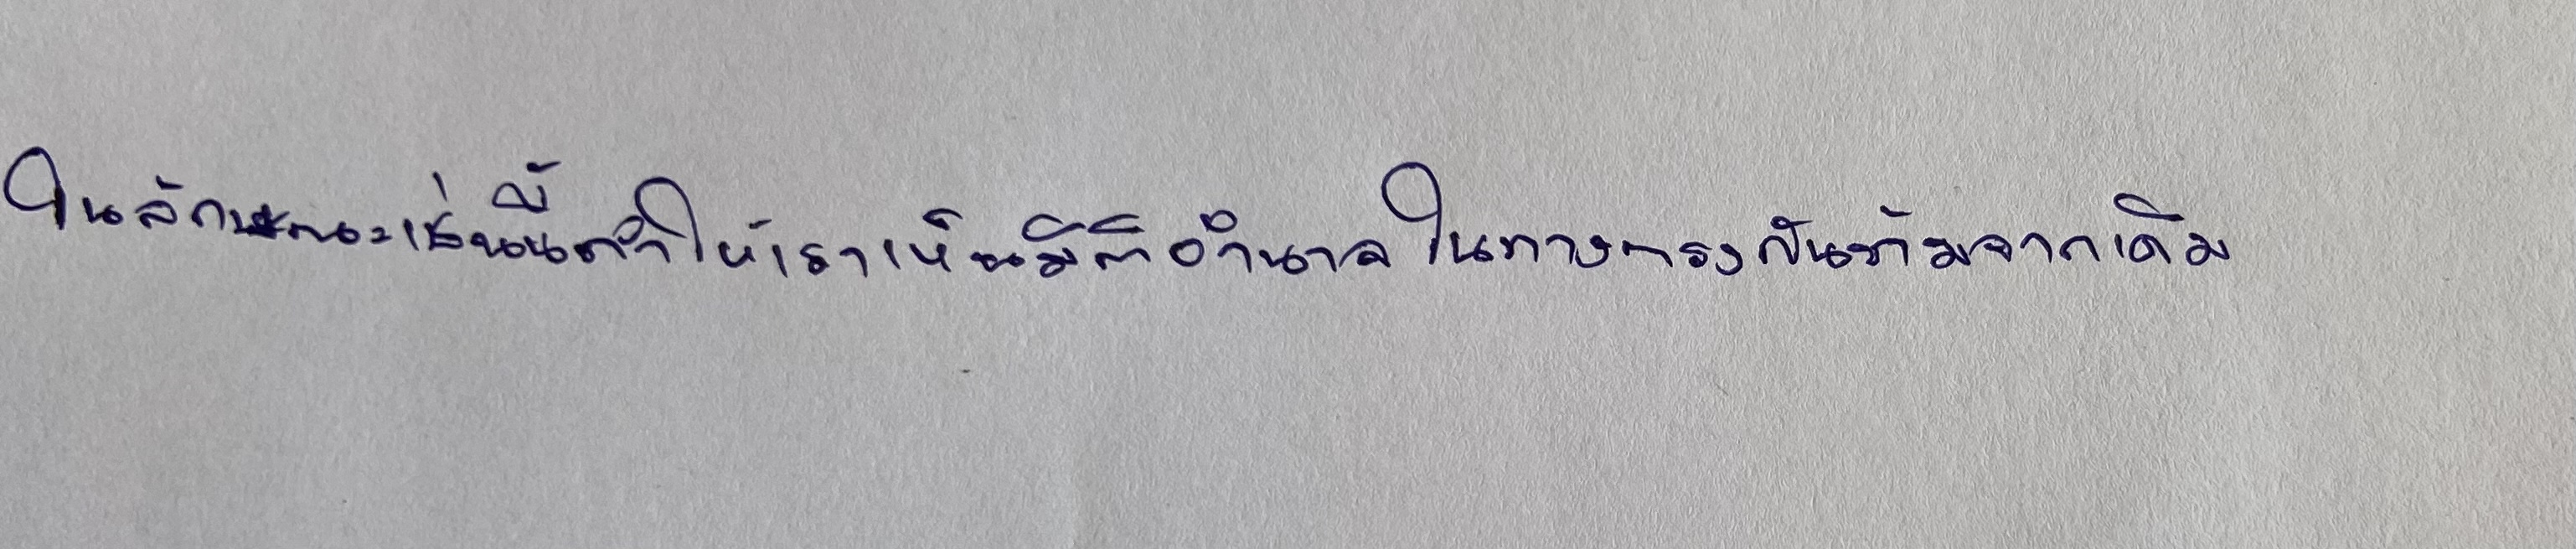
ในลักษณะเช่นนี้ทำให้เราเห็นมิติอำนาจในทางตรงกันข้ามจากเดิม